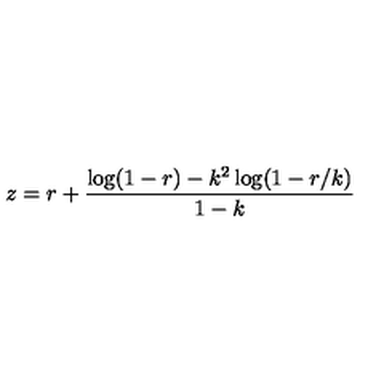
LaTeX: z = r + \frac { \log ( 1 - r ) - k ^ { 2 } \log ( 1 - r / k ) } { 1 - k }